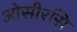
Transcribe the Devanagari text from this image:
ओसीरसि